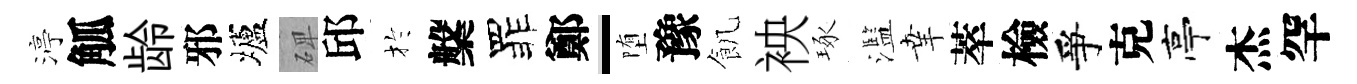
渟觚龄邪壚𥓓邱扵槃罪鄭-堕豫飢䘧琢濫𦍒萃檢爭克亭杰罕